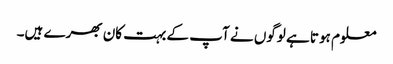
معلوم ہوتا ہے لوگوں نے آپ کے بہت کان بھرے ہیں۔